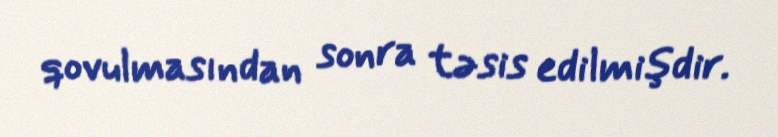
qovulmasından sonra təsis edilmişdir.